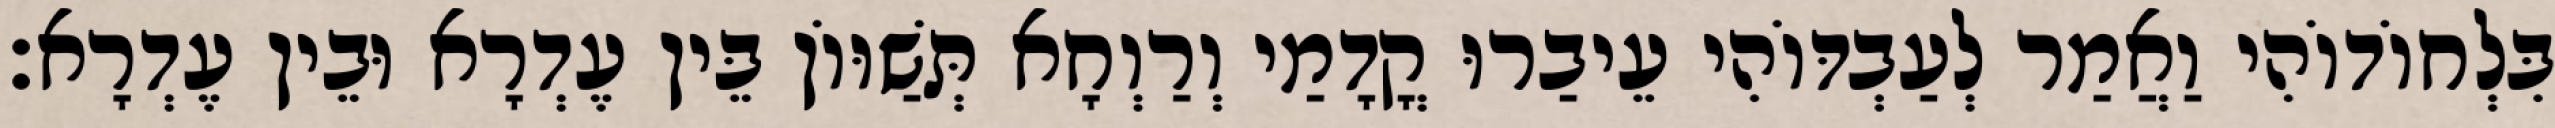
בִּלְחוֹדוֹהִי וַאֲמַר לְעַבְדּוֹהִי עֵיבַרוּ קֳדָמַי וְרַוְחָא תְּשַׁוּוֹן בֵּין עֶדְרָא וּבֵין עֶדְרָא׃